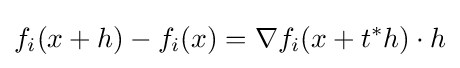
f_{i}(x+h)-f_{i}(x)=\nabla f_{i}(x+t^{*}h)\cdot h